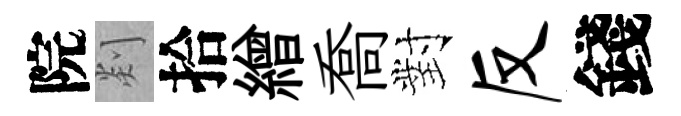
院剡拾繒喬對反錢